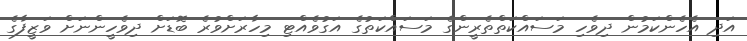
އަދި އެހެންކަމުން ދިވެހި މަސައްކަތްތެރީންގެ މަސައްކަތުގެ އަގުވެއްޓި މިހާރަށްވުރެ ބޮޑަށް ދިވެހީންނަށް ވަޒީފާގެ